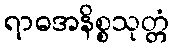
ရာဓအနိစ္စသုတ္တံ